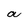
Character: a